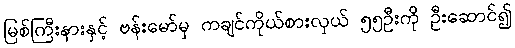
မြစ်ကြီးနားနှင့် ဗန်းမော်မှ ကချင်ကိုယ်စားလှယ် ၅၅ဦးကို ဦးဆောင်၍